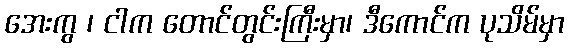
အေးကွ ၊ ငါက တောင်တွင်းကြီးမှာ၊ ဒီကောင်က ပုသိမ်မှာ